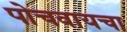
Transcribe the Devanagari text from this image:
पोचवायचा